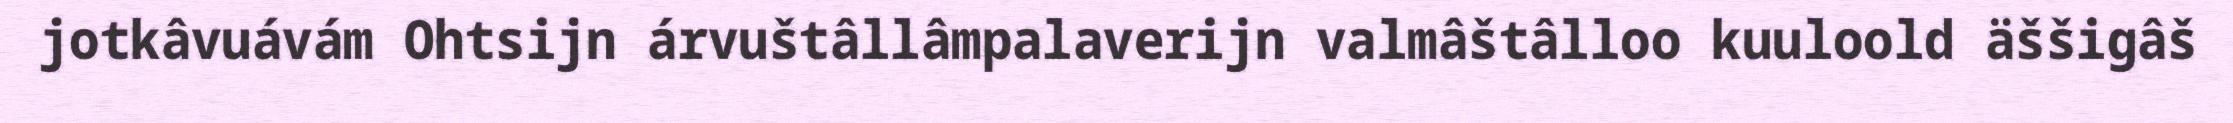
jotkâvuávám Ohtsijn árvuštâllâmpalaverijn valmâštâlloo kuuloold äššigâš